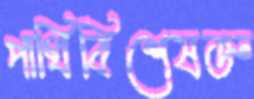
পাখিবিশেষজ্ঞ